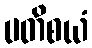
ပတိစယံ